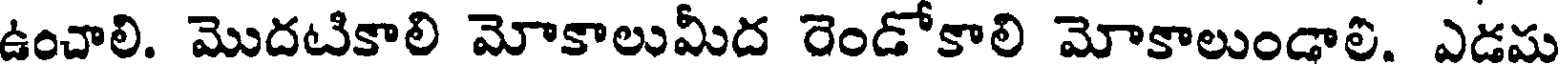
ఉంచాలి. మొదటికాలి మోకాలుమీద రెండోకాలి మోకాలుండాలి. ఎడమ